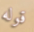
قوله